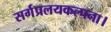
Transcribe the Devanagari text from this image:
सर्गप्रलयकल्पना।